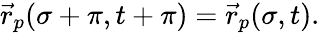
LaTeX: \vec{r}_{p}(\sigma+\pi,t+\pi)=\vec{r}_{p}(\sigma,t).